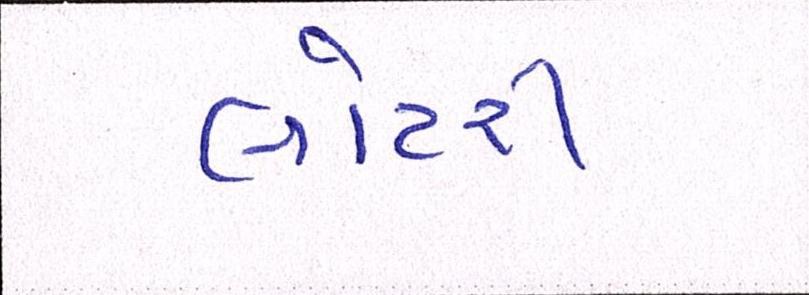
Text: લોટરી